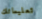
تعليماتك